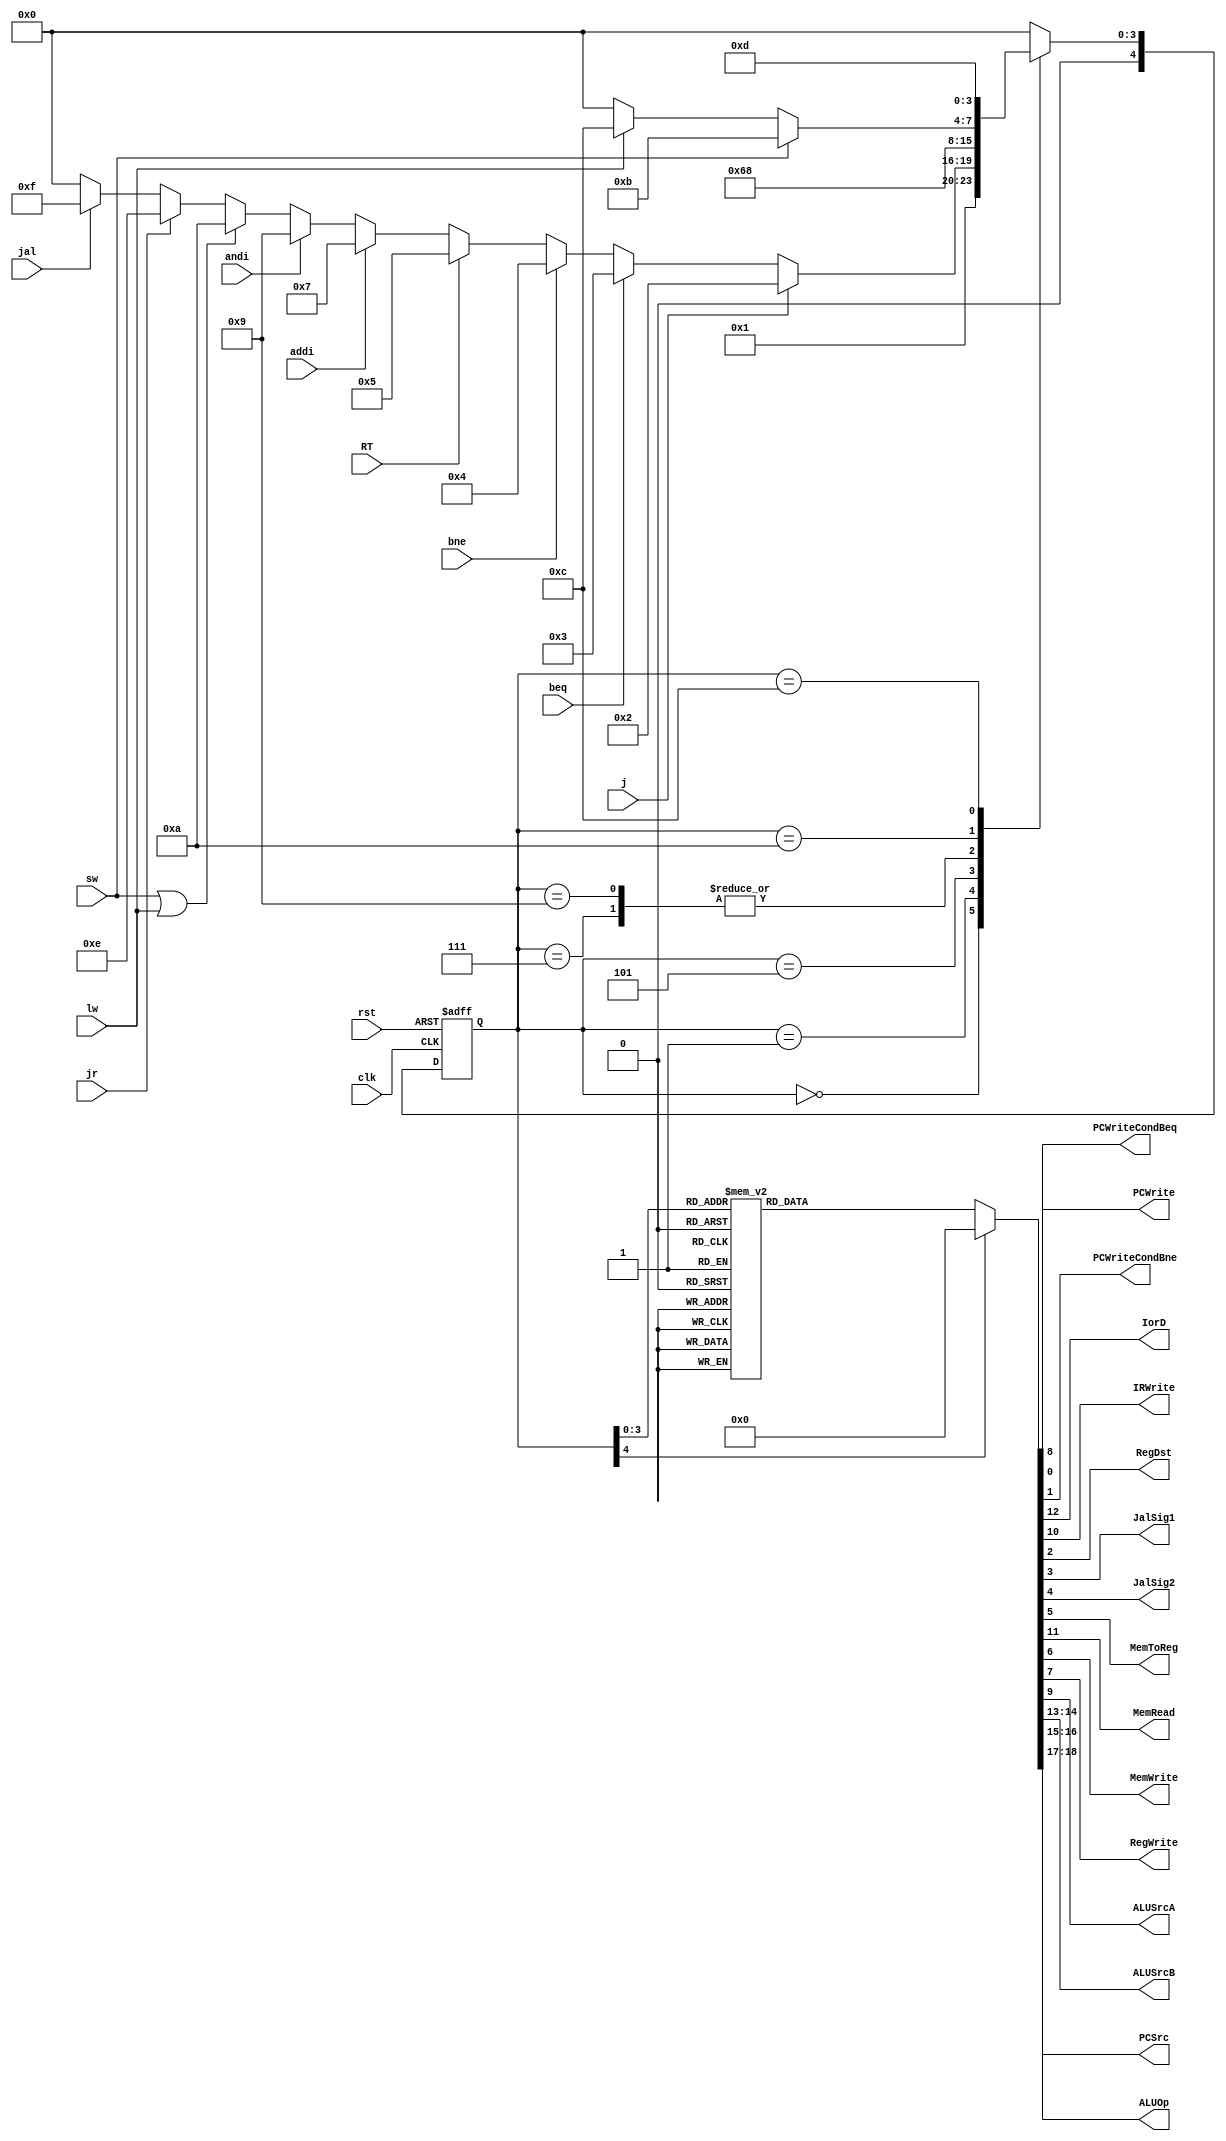
module StateMachine (clk, rst, RT, addi, andi, lw, sw, j, jal, jr, beq, bne,
		PCWrite, PCWriteCondBeq, PCWriteCondBne, IorD,
		IRWrite, RegDst, JalSig1, JalSig2, MemToReg, MemRead, MemWrite, RegWrite,
		ALUSrcA, ALUSrcB, ALUOp, PCSrc);
input clk;
input rst;
input RT;
input addi;
input andi;
input lw;
input sw;
input j;
input jal;
input jr;
input beq;
input bne;
output reg PCWrite;
output reg PCWriteCondBeq;
output reg PCWriteCondBne;
output reg IorD;
output reg IRWrite;
output reg RegDst;
output reg JalSig1;
output reg JalSig2; 
output reg MemToReg;
output reg MemRead;
output reg MemWrite;
output reg RegWrite;
output reg ALUSrcA;
output reg [1:0] ALUSrcB;
output reg [1:0] ALUOp; 
output reg [1:0] PCSrc;

	reg [4:0] ps, ns;
	parameter [4:0] STANDBY = 5'b11111, IF = 5'b00000, ID = 5'b00001, J3 = 5'b00010, BEQ3 = 5'b00011, BNE3 = 5'b00100,
			RT3 = 5'b00101, RT4 = 5'b00110, ADDI3 = 5'b00111, IMM4 = 5'b01000,
			ANDI3 = 5'b01001, MEMREF3= 5'b01010, SW4 = 5'b01011, LW4 = 5'b01100,
			LW5 = 5'b01101, JR3 = 5'b01110, JAL3 = 5'b01111;
	
	always @(ps or RT or addi or andi or lw or sw or j or jal or jr or beq or bne) begin
		ns = STANDBY;
		case(ps)
			STANDBY: ns = IF;
			IF: ns = ID;
			ID: ns = j? J3:
				beq? BEQ3:
				bne? BNE3:
				RT? RT3:
				addi? ADDI3:
				andi? ANDI3:
				(sw|lw)? MEMREF3:
				jr? JR3:
				jal? JAL3:
				IF;
			J3: ns = IF;
			BEQ3: ns = IF;
			BNE3: ns = IF;
			RT3: ns = RT4;
			RT4: ns = IF;
			ADDI3: ns = IMM4;
			IMM4: ns = IF;
			ANDI3: ns = IMM4;
			MEMREF3: ns = sw? SW4: 
				lw? LW4:
				IF;
			SW4: ns = IF;
			LW4: ns = LW5;
			LW5: ns = IF;
			JR3: ns = IF;
			JAL3: ns = IF;
			default: ns = IF;
		endcase
	end

	always @(ps) begin
		{PCWrite, PCWriteCondBeq, PCWriteCondBne, IorD} = 4'b0000;
		{IRWrite, RegDst, JalSig1, JalSig2, MemToReg} = 5'b00000;
		{MemRead, MemWrite, RegWrite, ALUSrcA} = 4'b0000;
		{ALUSrcB, ALUOp, PCSrc} = 6'b000000;
		case(ps)
			IF: begin {IorD, MemRead, IRWrite, ALUSrcA, PCWrite} = 5'b01101;
				ALUSrcB = 2'b01; ALUOp = 2'b00; PCSrc = 2'b00; end
			ID: begin ALUSrcA = 1'b0; ALUSrcB = 2'b11; ALUOp = 2'b00; end
			J3: begin PCWrite = 1'b1; PCSrc = 2'b01; end
			BEQ3: begin {ALUSrcA, PCWriteCondBeq} = 2'b11;
				ALUSrcB = 2'b00; ALUOp = 2'b01; PCSrc = 2'b10; end
			BNE3: begin {ALUSrcA, PCWriteCondBne} = 2'b11;
				ALUSrcB = 2'b00; ALUOp = 2'b01; PCSrc = 2'b10; end
			RT3: begin ALUSrcA = 1'b1; ALUSrcB = 2'b00; ALUOp = 2'b10; end
			RT4: {RegDst, MemToReg, JalSig1, JalSig2, RegWrite} = 5'b10001;
			ADDI3: begin ALUSrcA = 1'b1; ALUSrcB = 2'b10; ALUOp = 2'b00; end
			IMM4: {RegDst, MemToReg, JalSig1, JalSig2, RegWrite} = 5'b00001;
			ANDI3: begin ALUSrcA = 1'b1; ALUSrcB = 2'b10; ALUOp = 2'b11; end
			MEMREF3: begin ALUSrcA = 1'b1; ALUSrcB = 2'b10; ALUOp = 2'b00; end
			SW4: {IorD, MemWrite} = 2'b11;
			LW4: {IorD, MemRead} = 2'b11;
			LW5: {RegDst, MemToReg, JalSig1, JalSig2, RegWrite} = 5'b01001;
			JR3: begin PCWrite = 1'b1; PCSrc = 2'b11; end
			JAL3: begin {JalSig1, JalSig2, RegWrite, PCWrite} = 4'b1111;
				PCSrc = 2'b01; end
		endcase
	end

	always @(posedge clk or posedge rst) begin
		if (rst) ps <= STANDBY;
		else ps <= ns;
	end

endmodule